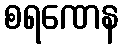
စရဏေန